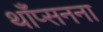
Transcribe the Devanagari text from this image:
थाँप्सनना